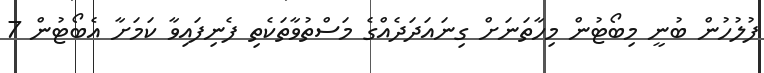
ފުލުހުން ބުނީ މިބޯޓުން މިހާތަނަށް ގިނައަދަދެއްގެ މަސްތުވާތަކެތި ފެނިފައިވާ ކަމަށާ އެބޯޓުން 7